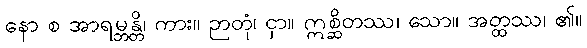
နော စ အာရမ္ဘန္တိ၊ ကား။ ဉာတုံ၊ ငှာ။ ဣစ္ဆိတဿ၊ သော။ အတ္ထဿ၊ ၏။